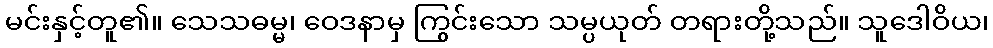
မင်းနှင့်တူ၏။ သေသဓမ္မ၊ ဝေဒနာမှ ကြွင်းသော သမ္ပယုတ် တရားတို့သည်။ သူဒေါဝိယ၊